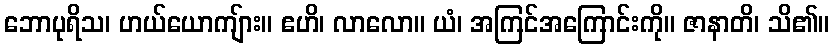
ဘောပုရိသ၊ ဟယ်ယောကျ်ား။ ဧဟိ၊ လာလော။ ယံ၊ အကြင်အကြောင်းကို။ ဇာနာတိ၊ သိ၏။